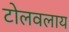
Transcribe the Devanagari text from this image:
टोलवलाय